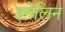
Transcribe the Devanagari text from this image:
इगेलिन